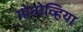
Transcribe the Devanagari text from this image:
मोन्रोव्हिया